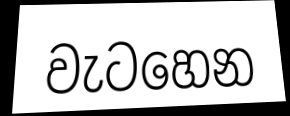
වැටහෙන